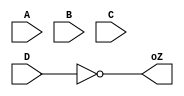
module digito_Z (
    input A, input B, input C, input D, output oZ
);
    assign oZ = ~D;

endmodule